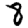
Digit: 8